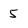
Character: 5